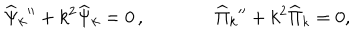
{ \widehat \Psi } _ { k } { ' ^ { \prime } } + k ^ { 2 } { \widehat \Psi } _ { k } = 0 \, , { \widehat \Pi } _ { k } { ' ^ { \prime } } + k ^ { 2 } { \widehat \Pi } _ { k } = 0 ,